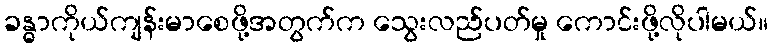
ခန္ဓာကိုယ်ကျန်းမာစေဖို့အတွက်က သွေးလည်ပတ်မှု ကောင်းဖို့လိုပါမယ်။